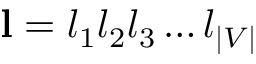
\mathbf { l } = l _ { 1 } l _ { 2 } l _ { 3 } \ldots l _ { | V | }